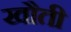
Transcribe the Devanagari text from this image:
खौती